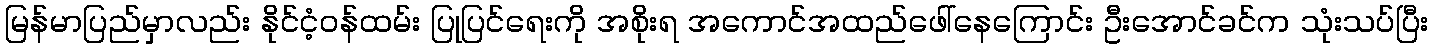
မြန်မာပြည်မှာလည်း နိုင်ငံ့ဝန်ထမ်း ပြုပြင်ရေးကို အစိုးရ အကောင်အထည်ဖေါ်နေကြောင်း ဦးအောင်ခင်က သုံးသပ်ပြီး